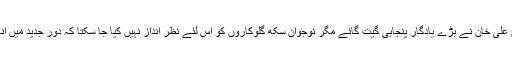
نور جہاں اور نصرت فتح علی خان نے بڑے یادگار پنجابی گیت گائے مگر نوجوان سکھ گلوکاروں کو اس لئے نظر انداز نہیں کیا جا سکتا کہ دورِ جدید میں انہوں نے کمال کر دیا ہے۔